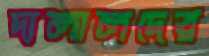
দালালদের